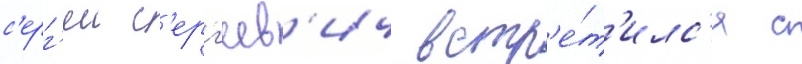
с'ерг'еи с'ерг'еев'ич встр'е́т'илс'я с